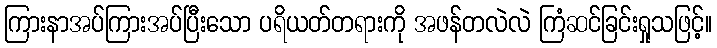
ကြားနာအပ်ကြားအပ်ပြီးသော ပရိယတ်တရားကို အဖန်တလဲလဲ ကြံဆင်ခြင်းရှုသဖြင့်။